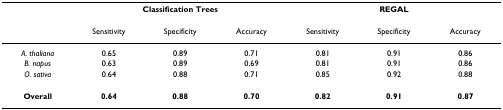
|  | <COLSPAN=3> Classification Trees | <COLSPAN=3> REGAL |
 |  | Sensitivity | Specificity | Accuracy | Sensitivity | Specificity | Accuracy |
 | --- | --- | --- | --- | --- | --- | --- |
 | A. thaliana | 0.65 | 0.89 | 0.71 | 0.81 | 0.91 | 0.86 |
 | B. napus | 0.63 | 0.89 | 0.69 | 0.81 | 0.91 | 0.86 |
 | O. sativa | 0.64 | 0.88 | 0.71 | 0.85 | 0.92 | 0.88 |
 | Overall | 0.64 | 0.88 | 0.70 | 0.82 | 0.91 | 0.87 |